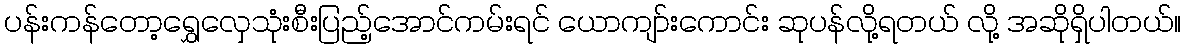
ပန်းကန်တော့ရွှေလှေသုံးစီးပြည့်အောင်ကမ်းရင် ယောကျာ်းကောင်း ဆုပန်လို့ရတယ် လို့ အဆိုရှိပါတယ်။